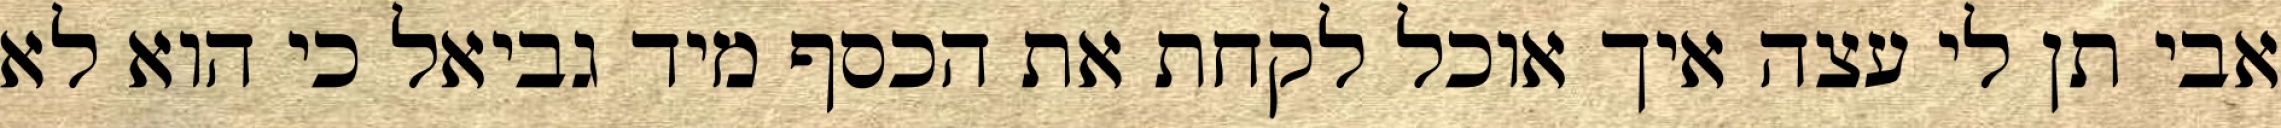
אבי תן לי עצה איך אוכל לקחת את הכסף מיד גביאל כי הוא לא